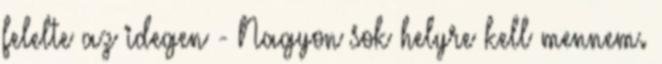
felelte az idegen - Nagyon sok helyre kell mennem.